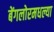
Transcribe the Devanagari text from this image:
बेंगलोरमधल्या